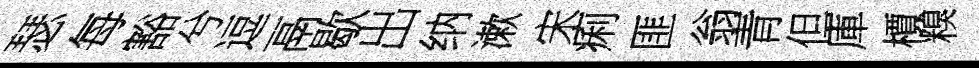
瑟每豁兮逗鬲歇出纳漱宋痢匪翁青但庫檟糗